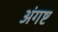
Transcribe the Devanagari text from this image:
अंगष्ट